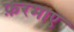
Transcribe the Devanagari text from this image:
फ़रमाए